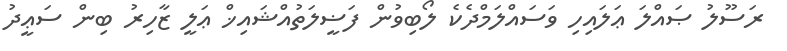
ރަސޫލު ޞައްލަ ޢަލައިހި ވަސައްލަމްދެކެ ލޯބިވުން ފަޟީލަތުއްޝައިޚް ޢަލީ ޒާހިރު ބިން ސަޢީދު